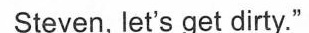
Steven, let's get dirty."